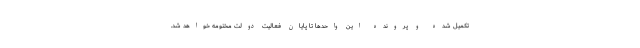
تکمیل شده و پرونده این واحدها تا پایان فعالیت دولت مختومه خواهد شد.